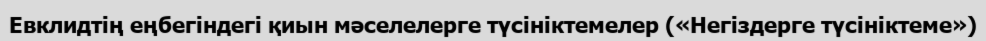
Евклидтің еңбегіндегі қиын мәселелерге түсініктемелер («Негіздерге түсініктеме»)